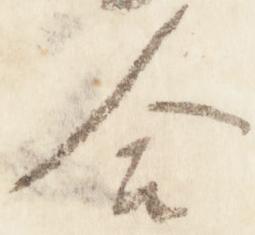
合